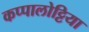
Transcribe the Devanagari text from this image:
कप्पालोट्टिया